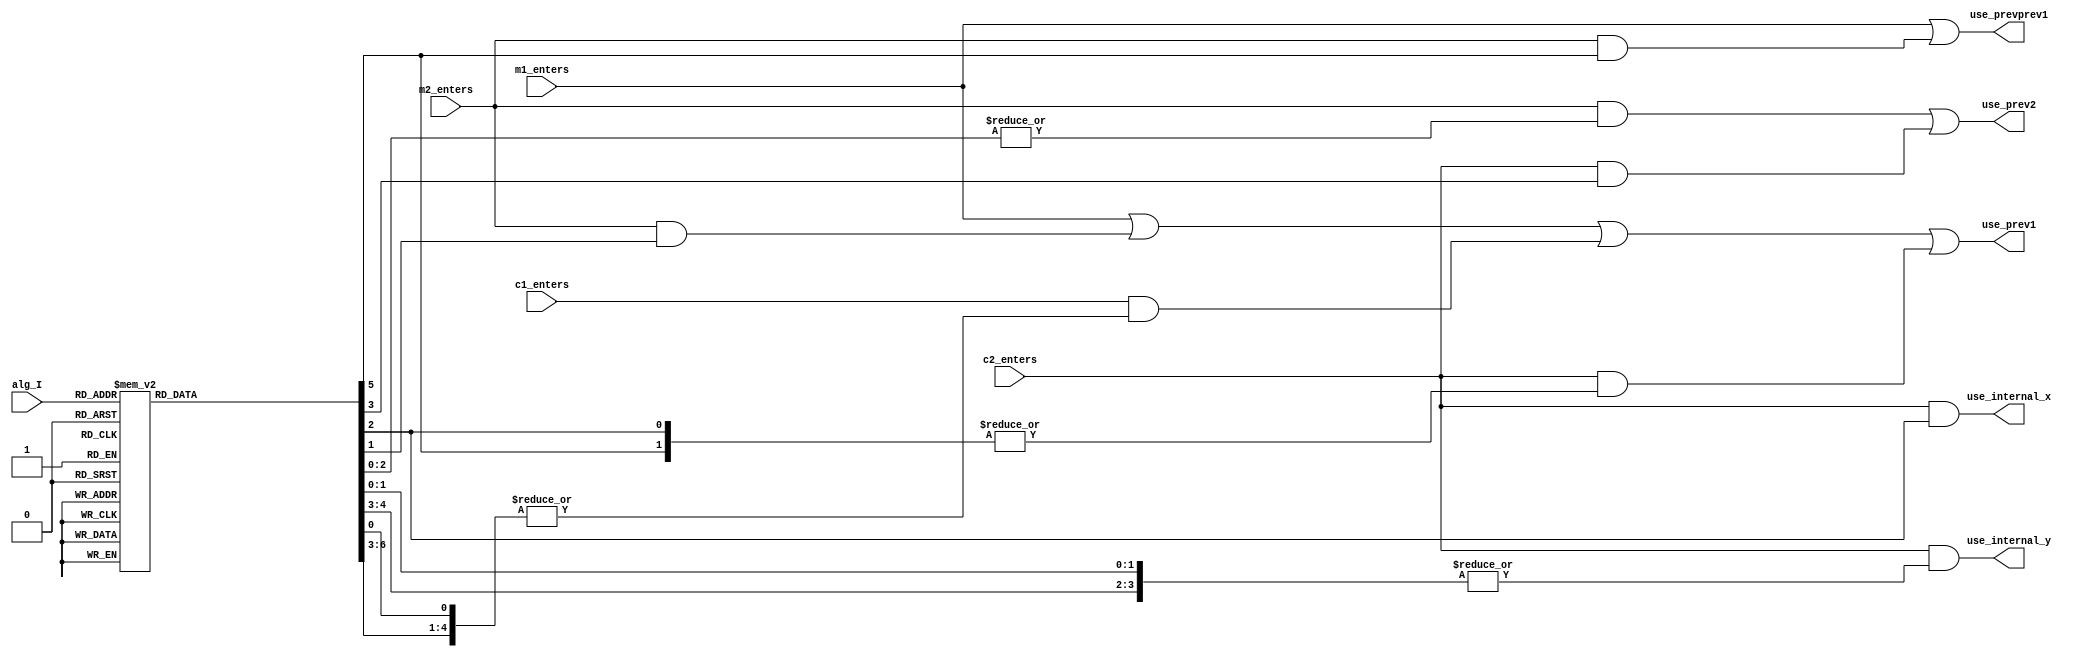
module jt51_mod(
    input       m1_enters,
    input       m2_enters,
    input       c1_enters,
    input       c2_enters,
    
    input [2:0] alg_I,
    
    output reg  use_prevprev1,
    output reg  use_internal_x,
    output reg  use_internal_y,    
    output reg  use_prev2,
    output reg  use_prev1       
);

reg [7:0] alg_hot;

always @(*) begin
    case( alg_I )
        3'd0: alg_hot = 8'h1;  // D0
        3'd1: alg_hot = 8'h2;  // D1
        3'd2: alg_hot = 8'h4;  // D2
        3'd3: alg_hot = 8'h8;  // D3
        3'd4: alg_hot = 8'h10; // D4
        3'd5: alg_hot = 8'h20; // D5
        3'd6: alg_hot = 8'h40; // D6
        3'd7: alg_hot = 8'h80; // D7
        default: alg_hot = 8'hx;
    endcase
end

always @(*) begin
    use_prevprev1   = m1_enters | (m2_enters&alg_hot[5]);
    use_prev2       = (m2_enters&(|alg_hot[2:0])) | (c2_enters&alg_hot[3]);
    use_internal_x  = c2_enters & alg_hot[2];
    use_internal_y  = c2_enters & (|{alg_hot[4:3],alg_hot[1:0]});
    use_prev1       = m1_enters | (m2_enters&alg_hot[1]) |
        (c1_enters&(|{alg_hot[6:3],alg_hot[0]}) )|
        (c2_enters&(|{alg_hot[5],alg_hot[2]}));
end

endmodule